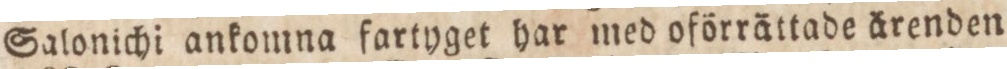
Salonichi ankomna fartyget har med oförrättade ärenden